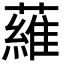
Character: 𬞼